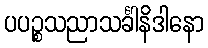
ပပဉ္စသညာသင်္ခါနိဒါနော